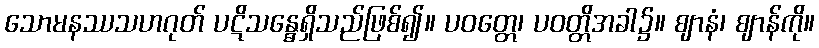
သောမနဿသဟဂုတ် ပဋိသန္ဓေရှိသည်ဖြစ်၍။ ပဝတ္တေ၊ ပဝတ္တိအခါ၌။ ဈာနံ၊ ဈာန်ကို။